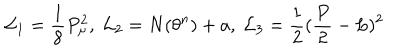
{ \cal L } _ { 1 } = \frac { 1 } { 8 } P _ { \mu } ^ { 2 } , \mathrm { ~ } { \cal L } _ { 2 } = N ( \theta ^ { n } ) + a , \mathrm { ~ } { \cal L } _ { 3 } = \frac { 1 } { 2 } ( \frac { P } { 2 } - L ) ^ { 2 }